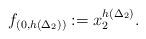
LaTeX: \begin{align*} f_{(0,h(\Delta_2))} := x_2^{h(\Delta_2)} . \end{align*}